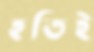
হতিই